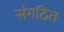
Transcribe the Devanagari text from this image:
संगठित